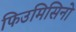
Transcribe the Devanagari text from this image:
फिउमिसिनो